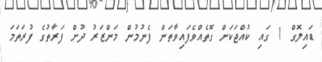
ޑައިލޮގް 1 ގައި ކުއްޖަކަށް ގޮތެއްވެފައިވާތަން ފެނުމުން މަންޒަރު ދުށް ފަރާތުގެ ފުރަތަމަ